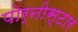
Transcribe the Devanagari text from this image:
पोर्नोस्टार